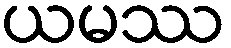
ယမဿ